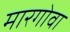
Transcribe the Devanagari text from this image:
मारगोवा